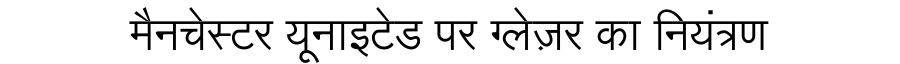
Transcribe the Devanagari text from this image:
मैनचेस्टर यूनाइटेड पर ग्लेज़र का नियंत्रण